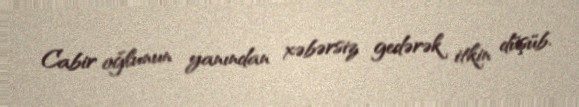
Cabir oğlunun yanından xəbərsiz gedərək itkin düşüb.